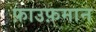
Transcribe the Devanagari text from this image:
फ़ाउफ़मान